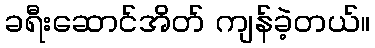
ခရီးဆောင်အိတ် ကျန်ခဲ့တယ်။